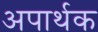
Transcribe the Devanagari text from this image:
अपार्थक